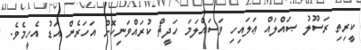
ކީރިތި ރަސޫލު ޞައްލައް ޢަލައިހި ވަސައްލަމަ ހަދީޘް ކުރައްވަނިކޮށް އަހަރެން އަޑު އެހީމެވެ.